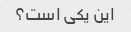
این یکی است؟